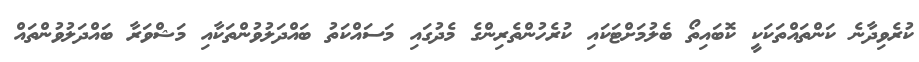
ކުރެވިދާނެ ކަންތައްތަކަކީ ކޮބައިތޯ ބެލުމަށްޓަކައި ކުރެހުންތެރިންގެ މެދުގައި މަސައްކަތު ބައްދަލުވުންތަކާއި މަޝްވަރާ ބައްދަލުވުންތައް